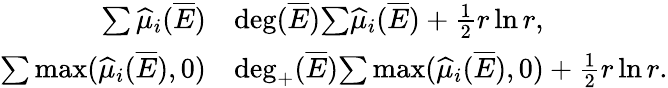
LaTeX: \begin{array}{rl}{\sum\widehat\mu_{i}(\overline{E})}&{\le{\mathrm{deg}}(\overline{E})\le\sum\widehat\mu_{i}(\overline{E})+\frac{1}{2}r\ln r,}\\ {\sum\operatorname*{max}(\widehat\mu_{i}(\overline{E}),0)}&{\le{\mathrm{deg}}_{+}(\overline{E})\le\sum\operatorname*{max}(\widehat\mu_{i}(\overline{E}),0)+\frac{1}{2}r\ln r.}\end{array}